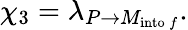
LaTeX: \chi_{3}=\lambda_{P\rightarrow M_{\mathrm{into\, }f}}.